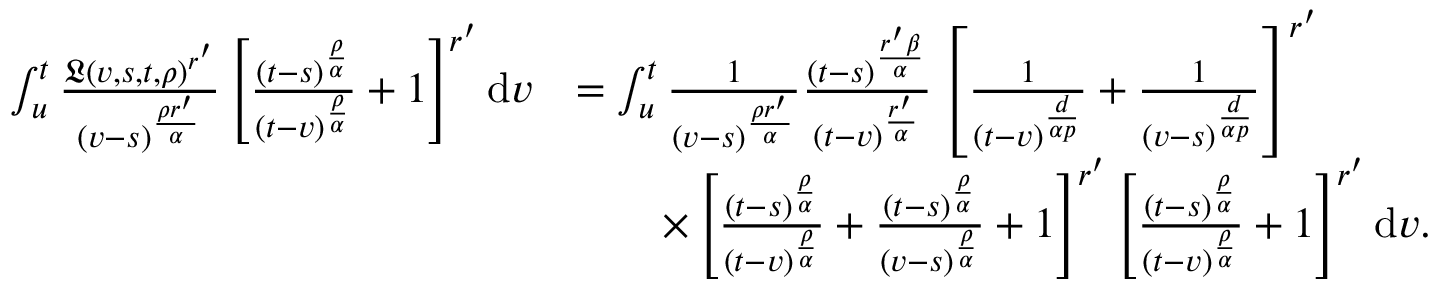
\begin{array} { r l } { \int _ { u } ^ { t } \frac { \mathfrak { L } ( v , s , t , \rho ) ^ { r ^ { \prime } } } { ( v - s ) ^ { \frac { \rho { r ^ { \prime } } } { \alpha } } } \left[ \frac { ( t - s ) ^ { \frac { \rho } { \alpha } } } { ( t - v ) ^ { \frac { \rho } { \alpha } } } + 1 \right] ^ { r ^ { \prime } } \mathrm { d } v } & { = \int _ { u } ^ { t } \frac { 1 } { ( v - s ) ^ { \frac { \rho { r ^ { \prime } } } { \alpha } } } \frac { ( t - s ) ^ { \frac { r ^ { \prime } \beta } { \alpha } } } { ( t - v ) ^ { \frac { r ^ { \prime } } { \alpha } } } \left[ \frac { 1 } { ( t - v ) ^ { \frac { d } { \alpha p } } } + \frac { 1 } { ( v - s ) ^ { \frac { d } { \alpha p } } } \right] ^ { r ^ { \prime } } } \\ & { \qquad \times \left[ \frac { ( t - s ) ^ { \frac { \rho } { \alpha } } } { ( t - v ) ^ { \frac { \rho } { \alpha } } } + \frac { ( t - s ) ^ { \frac { \rho } { \alpha } } } { ( v - s ) ^ { \frac { \rho } { \alpha } } } + 1 \right] ^ { r ^ { \prime } } \left[ \frac { ( t - s ) ^ { \frac { \rho } { \alpha } } } { ( t - v ) ^ { \frac { \rho } { \alpha } } } + 1 \right] ^ { r ^ { \prime } } \mathrm { d } v . } \end{array}